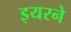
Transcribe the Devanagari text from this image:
इयरने